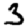
Digit: 3